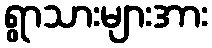
ရွာသားများအား